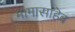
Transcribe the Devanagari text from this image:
मामासाहॆब